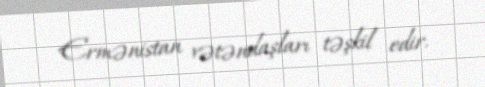
Ermənistan vətəndaşları təşkil edir.